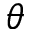
\theta